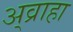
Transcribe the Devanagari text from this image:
अ्व्राहा